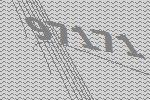
97171